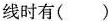
线时有()